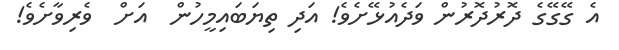
އެ ގޭގޭގެ ދޮރުދޮރުން ވަދެއުޅޭށެވެ! އަދި ތިޔަބައިމީހުން  އަށް  ވެރިވާށެވެ!